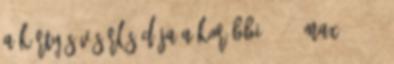
a kártyás vásárlás díja a korábbi 0,3%, max. 6.000